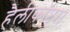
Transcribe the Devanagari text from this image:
हैलीकॉप्टर।